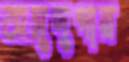
অসুদুপায়